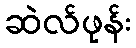
ဆဲလ်ဖုန်း